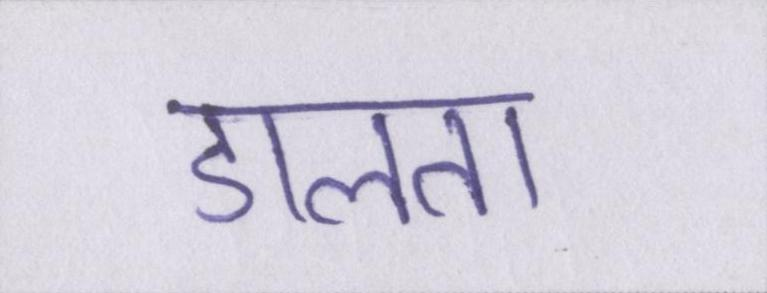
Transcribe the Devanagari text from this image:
डालता